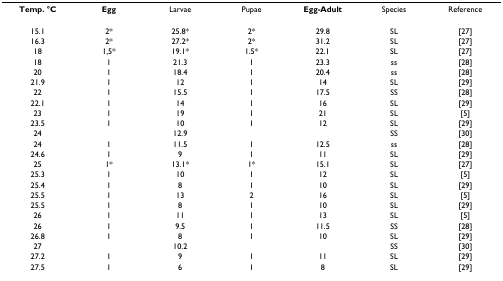
<table><thead><tr><td><b>Temp. °C</b></td><td><b>Egg</b></td><td><b>Larvae</b></td><td><b>Pupae</b></td><td><b>Egg-Adult</b></td><td><b>Species</b></td><td><b>Reference</b></td></tr></thead><tbody><tr><td>15.1</td><td>2*</td><td>25.8*</td><td>2*</td><td>29.8</td><td>SL</td><td>[27]</td></tr><tr><td>16.3</td><td>2*</td><td>27.2*</td><td>2*</td><td>31.2</td><td>SL</td><td>[27]</td></tr><tr><td>18</td><td>1,5*</td><td>19.1*</td><td>1.5*</td><td>22.1</td><td>SL</td><td>[27]</td></tr><tr><td>18</td><td>1</td><td>21.3</td><td>1</td><td>23.3</td><td>ss</td><td>[28]</td></tr><tr><td>20</td><td>1</td><td>18.4</td><td>1</td><td>20.4</td><td>ss</td><td>[28]</td></tr><tr><td>21.9</td><td>1</td><td>12</td><td>1</td><td>14</td><td>SL</td><td>[29]</td></tr><tr><td>22</td><td>1</td><td>15.5</td><td>1</td><td>17.5</td><td>SS</td><td>[28]</td></tr><tr><td>22.1</td><td>1</td><td>14</td><td>1</td><td>16</td><td>SL</td><td>[29]</td></tr><tr><td>23</td><td>1</td><td>19</td><td>1</td><td>21</td><td>SL</td><td>[5]</td></tr><tr><td>23.5</td><td>1</td><td>10</td><td>1</td><td>12</td><td>SL</td><td>[29]</td></tr><tr><td>24</td><td></td><td>12.9</td><td></td><td></td><td>SS</td><td>[30]</td></tr><tr><td>24</td><td>1</td><td>11.5</td><td>1</td><td>12.5</td><td>ss</td><td>[28]</td></tr><tr><td>24.6</td><td>1</td><td>9</td><td>1</td><td>11</td><td>SL</td><td>[29]</td></tr><tr><td>25</td><td>1*</td><td>13.1*</td><td>1*</td><td>15.1</td><td>SL</td><td>[27]</td></tr><tr><td>25.3</td><td>1</td><td>10</td><td>1</td><td>12</td><td>SL</td><td>[5]</td></tr><tr><td>25.4</td><td>1</td><td>8</td><td>1</td><td>10</td><td>SL</td><td>[29]</td></tr><tr><td>25.5</td><td>1</td><td>13</td><td>2</td><td>16</td><td>SL</td><td>[5]</td></tr><tr><td>25.5</td><td>1</td><td>8</td><td>1</td><td>10</td><td>SL</td><td>[29]</td></tr><tr><td>26</td><td>1</td><td>11</td><td>1</td><td>13</td><td>SL</td><td>[5]</td></tr><tr><td>26</td><td>1</td><td>9.5</td><td>1</td><td>11.5</td><td>SS</td><td>[28]</td></tr><tr><td>26.8</td><td>1</td><td>8</td><td>1</td><td>10</td><td>SL</td><td>[29]</td></tr><tr><td>27</td><td></td><td>10.2</td><td></td><td></td><td>SS</td><td>[30]</td></tr><tr><td>27.2</td><td>1</td><td>9</td><td>1</td><td>11</td><td>SL</td><td>[29]</td></tr><tr><td>27.5</td><td>1</td><td>6</td><td>1</td><td>8</td><td>SL</td><td>[29]</td></tr></tbody></table>